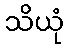
သိယုံ